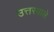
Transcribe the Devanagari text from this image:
उत्तरवाले